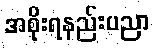
အစိုးရနည်းပညာ